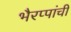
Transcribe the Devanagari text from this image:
भैरप्पांची